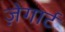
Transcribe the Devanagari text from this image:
ज़ेगार्ट